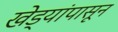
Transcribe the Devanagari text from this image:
खेड्यांपासून